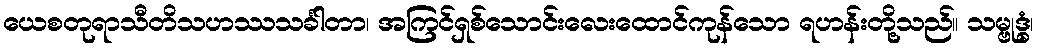
ယေစတုရာသီတိသဟဿသင်္ခါတာ၊ အကြင်ရှစ်သောင်းလေးထောင်ကုန်သော ရဟန်းတို့သည်။ သမ္ဗုဒ္ဓံ၊